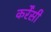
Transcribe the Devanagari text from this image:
कर्रेंसी